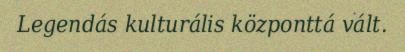
Legendás kulturális központtá vált.